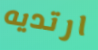
ارتديه